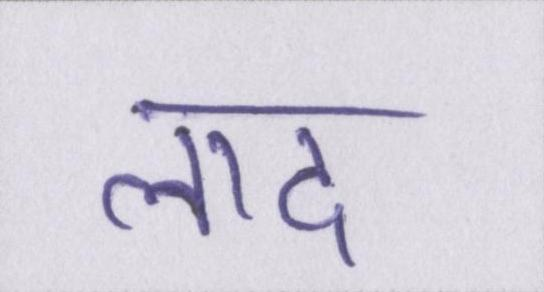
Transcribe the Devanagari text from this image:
लाद